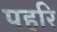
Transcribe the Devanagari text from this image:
पहरि